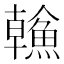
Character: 𩹼